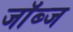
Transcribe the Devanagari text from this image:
जॉब्ज